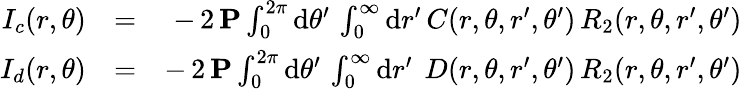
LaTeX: \begin{array}{rlr}{I_{c}(r,\theta)}&{=}&{-\, 2\, {\mathbf P}\int_{0}^{2\pi}\mathrm{d}\theta^{\prime}\, \int_{0}^{\infty}\mathrm{d}r^{\prime}\, C(r,\theta,r^{\prime},\theta^{\prime})\, R_{2}(r,\theta,r^{\prime},\theta^{\prime})}\\ {I_{d}(r,\theta)}&{=}&{-\, 2\, {\mathbf P}\int_{0}^{2\pi}\mathrm{d}\theta^{\prime}\, \int_{0}^{\infty}\mathrm{d}r^{\prime}\ \, D(r,\theta,r^{\prime},\theta^{\prime})\, R_{2}(r,\theta,r^{\prime},\theta^{\prime})}\end{array}